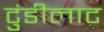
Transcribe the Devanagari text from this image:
टुंडीलाट